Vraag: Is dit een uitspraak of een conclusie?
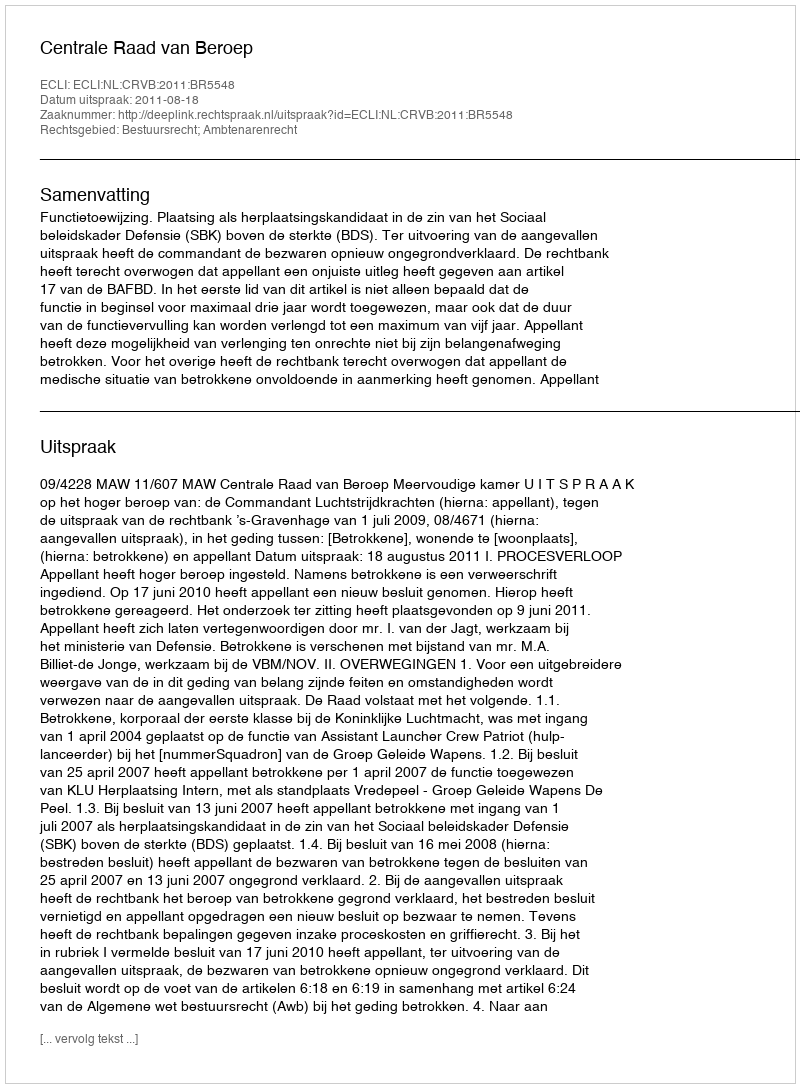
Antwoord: Uitspraak